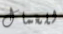
للعمال